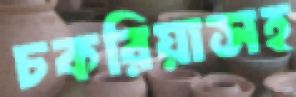
চকরিয়াসহ